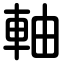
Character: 軸